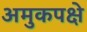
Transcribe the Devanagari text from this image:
अमुकपक्षे